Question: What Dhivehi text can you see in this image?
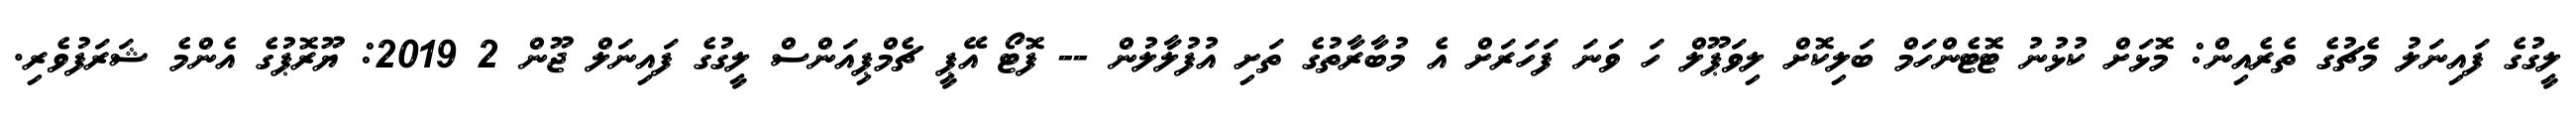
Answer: ލީގުގެ ފައިނަލު މެޗުގެ ތެރެއިން: މޮޅަށް ކުޅުނު ޓޮޓެންހަމް ބަލިކޮށް ލިވަޕޫލް ހަ ވަނަ ފަހަރަށް އެ މުބާރާތުގެ ތަށި އުފުލާލުން -- ފޮޓޯ އޭޕީ ޗެމްޕިއަންސް ލީގުގެ ފައިނަލް ޖޫން 2 2019: ޔޫރޮޕުގެ އެންމެ ޝަރަފުވެރި.